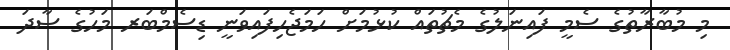
މި މުބާރާތުގެ ސެމީ ފައިނަލުގެ މެޗުތައް ކުޅުމަށް ހަމަޖެހިފައިވަނީ ޑިސެމްބަރ މަހުގެ ސާދަ